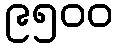
၉၅၀၀